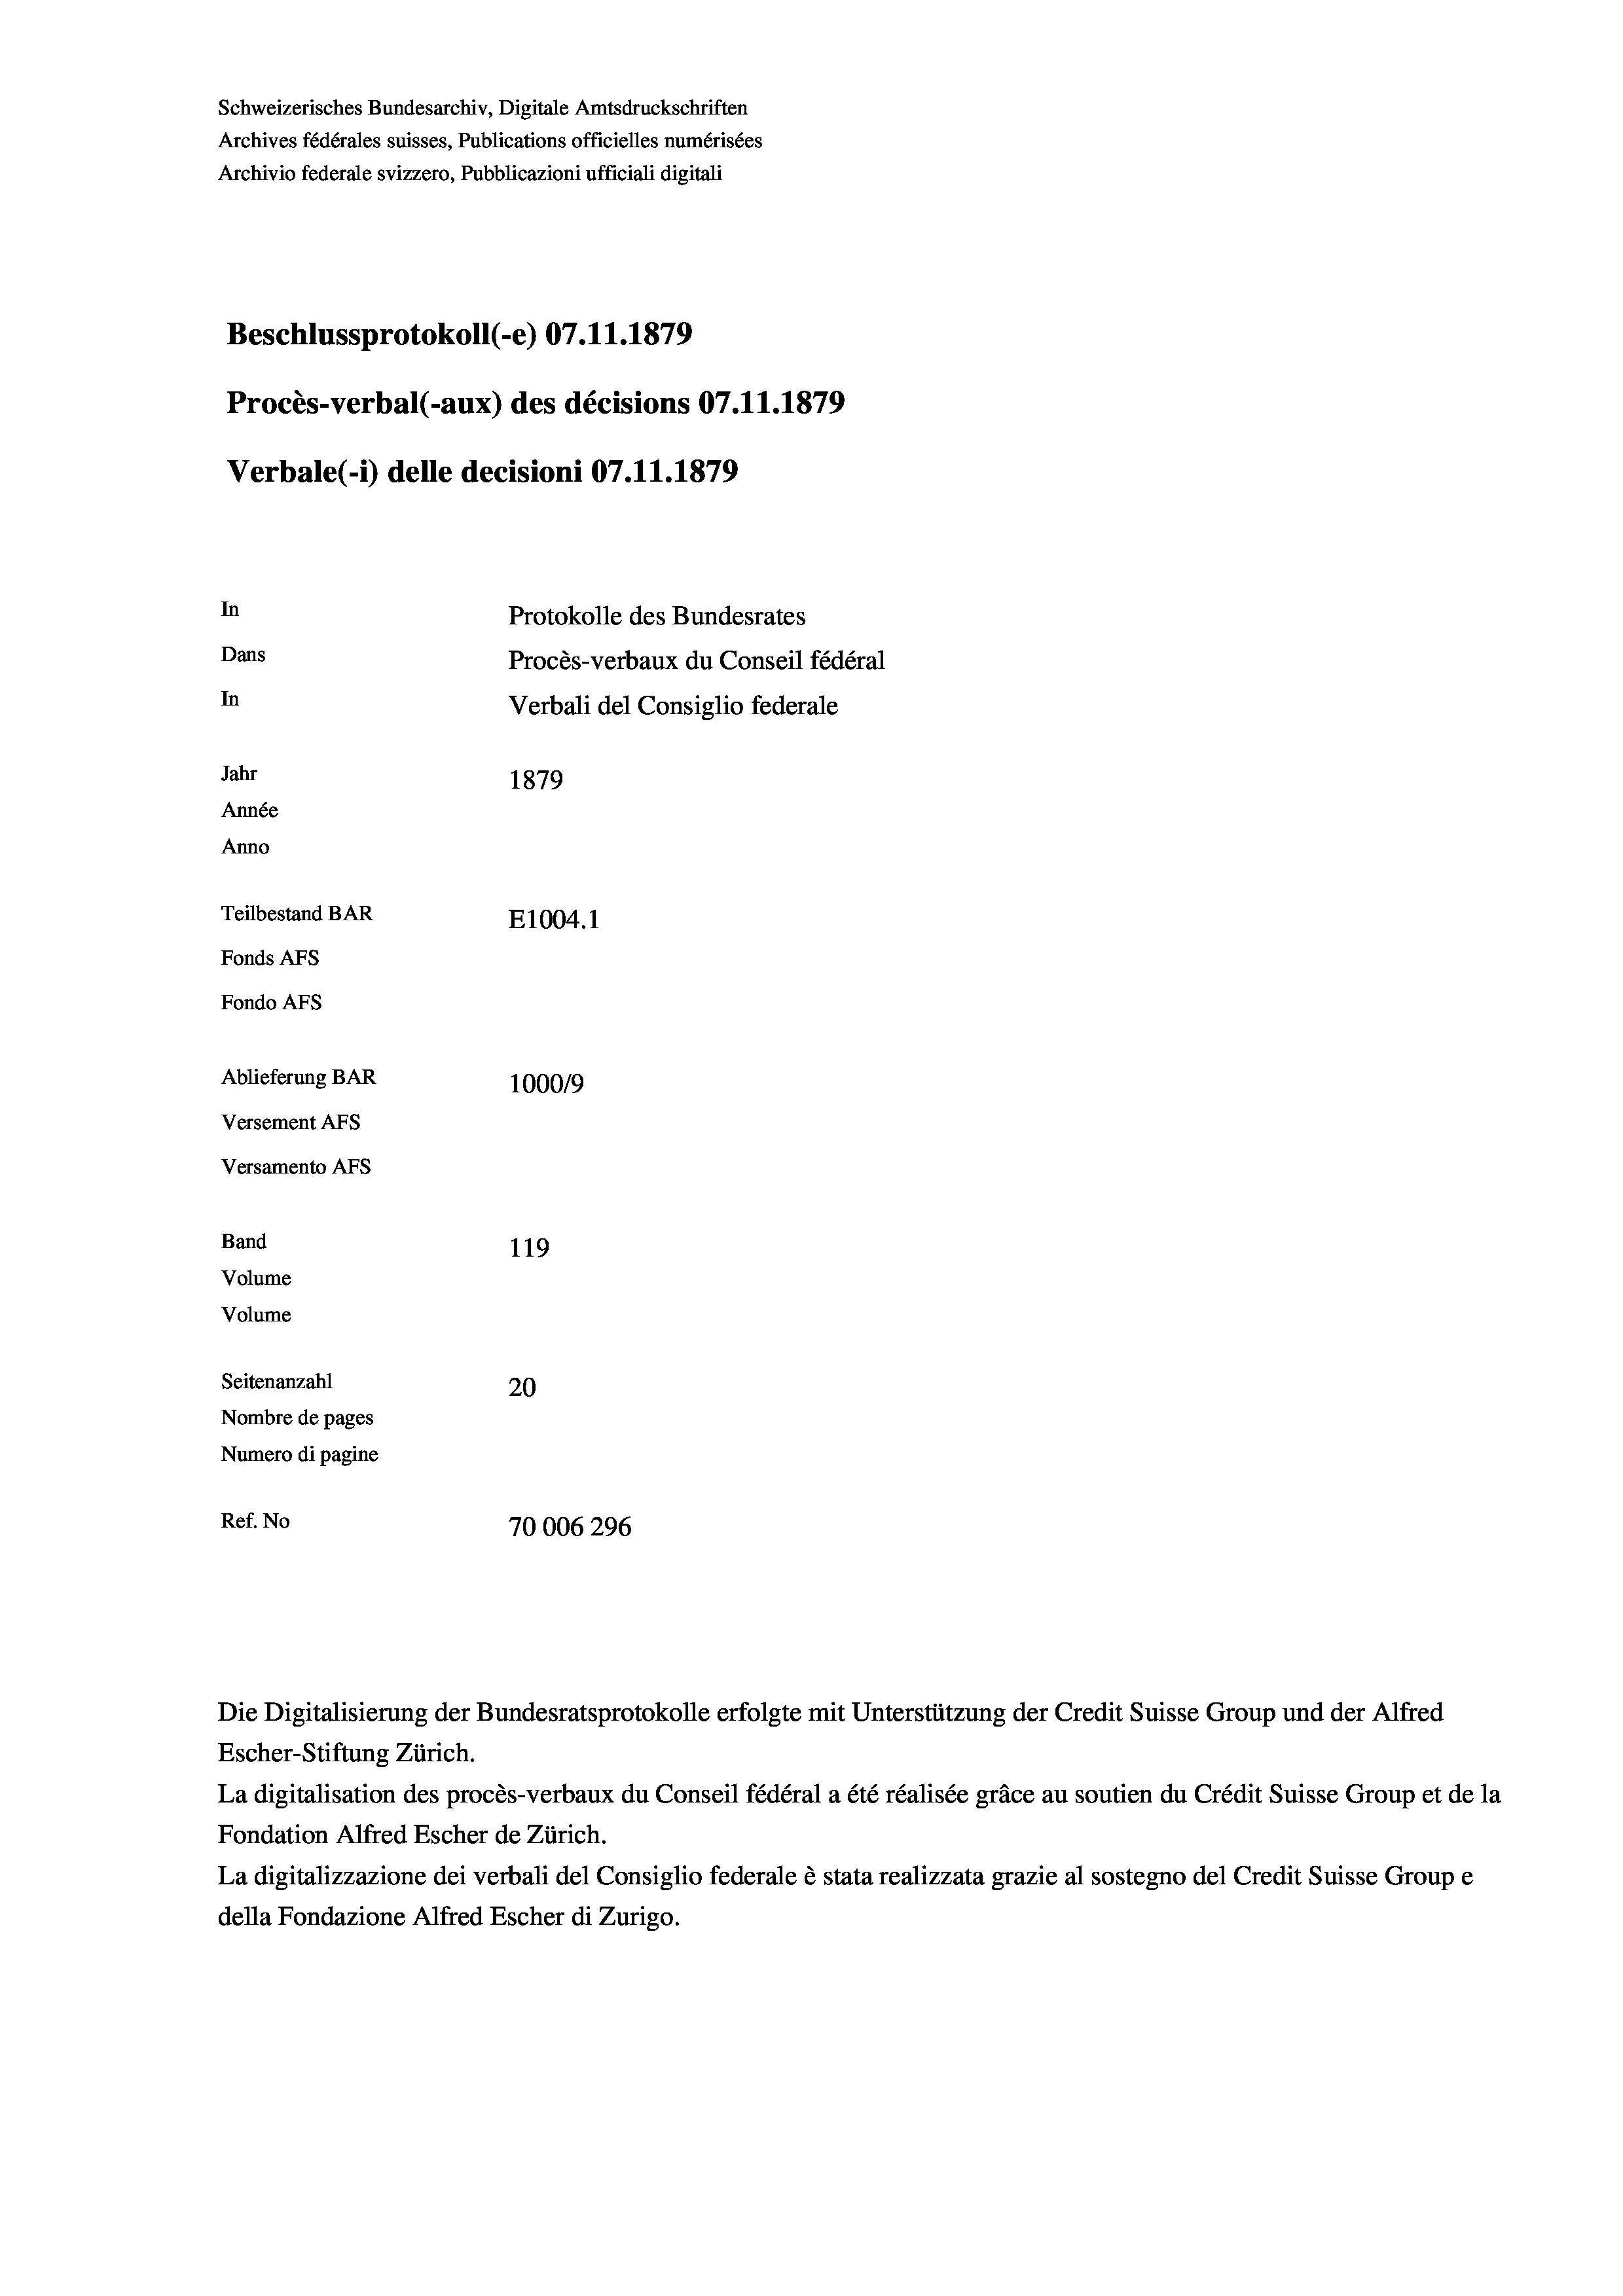
Schweizerisches Bundesarchiv, Digitale Amtsdruckschriften
Archives fédérales suisses, Publications officielles numérisées
Archivio federale svizzero, Pubblicazioni ufficiali digitali
Beschlussprotokoll (-e) 07.11.1879
Procès-verbal (-aux) des décisions 07.11.1879
Verbale (1) delle decisioni 07.11.1879
In
Protokolle des Bundesrates
Dans
Procès-verbaux du Conseil fédéral
In
Verbali del Consiglio federale
Jahr
1879
Année
Anno
Teilbestand BAR
E1004.1
Fonds Afs
Fondo AFs
Ablieferung BAR
1000/9
Versement Abs
Versamento Afs
Band
119
Volume
Volume
Seitenanzahl
20
Nombre de pages
Numero di pagine
Ref. No
70006296

Die Digitalisierung der Bundesratsprotokolle erfolgte mit Unterstützung der Credit Suisse Group und der Alfred

Escher-Stiftung Zürich.
La digitalisation des procès-verbaux du Conseil fédéral a été réalisée gräce au soutien du Crédit Suisse Group et de la
Fondation Alfred Escher de Zürich.
La digitalizzazione dei verbali del Consiglio federale è stata realizzata grazie al sostegno del Credit Suisse Groupe
della Fondazione Alfred Escher di Zurigo.